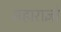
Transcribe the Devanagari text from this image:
महाराज्ञो